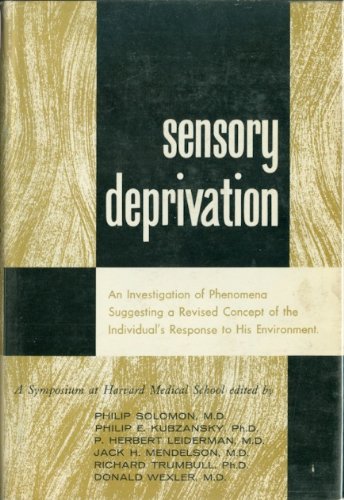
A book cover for Sensory Deprivation: A Symposium Held at Harvard Medical School; Education & Teaching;